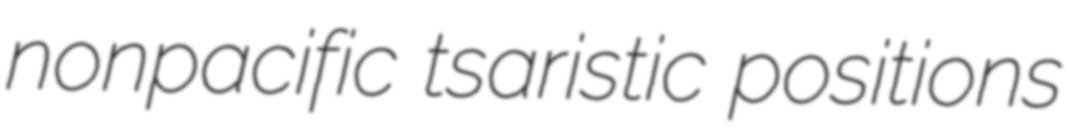
nonpacific tsaristic positions